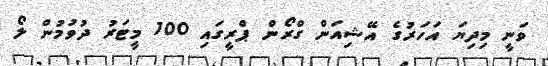
ވަނީ މިދިޔަ އަހަރުގެ އޭޝިއަން ގްރޯން ޕްރީގައި 100 މީޓަރު ދުވުމުން ލޯ